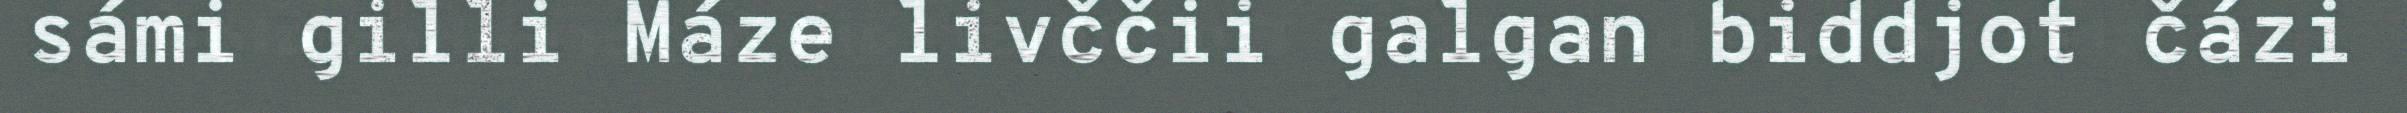
sámi gilli Máze livččii galgan biddjot čázi